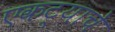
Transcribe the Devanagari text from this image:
एकट्याचे